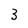
Character: 3